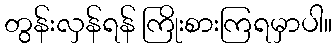
တွန်းလှန်ရန် ကြိုးစားကြရမှာပါ။